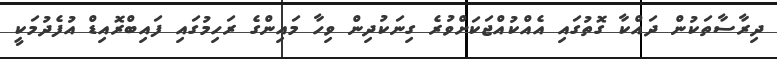
ދިރާސާތަކުން ދައްކާ ގޮތުގައި އެއްކުއްޖަކަށްވުރެ ގިނަކުދިން ވިހާ މައިންގެ ރަހިމުގައި ފައިބްރޮއިޑް އުފެދުމަކީ